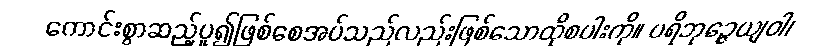
ကောင်းစွာဆည့်ပူ၍ဖြစ်စေအပ်သည်လည်းဖြစ်သောထိုစပါးကို။ ပရိဘုဉ္ဇေယျဝါ၊